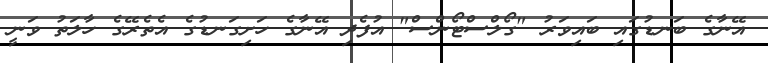
އޭނާގެ ބަނޑުގައި ބައިވަރު "ގޯލްސްޓޯންސް" އުފެދި އޭނާގެ ހަށިގަނޑުގެ އެތެރޭގެ ހާލަތު ވަނީ